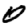
Digit: 0